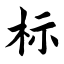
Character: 标